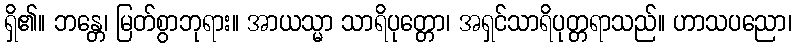
ရှိ၏။ ဘန္တေ၊ မြတ်စွာဘုရား။ အာယသ္မာ သာရိပုတ္တော၊ အရှင်သာရိပုတ္တရာသည်။ ဟာသပညော၊